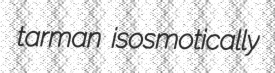
tarman isosmotically